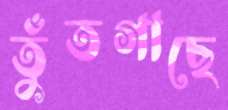
তুঁতগাছে